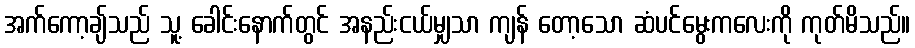
အက်ကော့ချ်သည် သူ့ ခေါင်းနောက်တွင် အနည်းငယ်မျှသာ ကျန် တော့သော ဆံပင်မွေးကလေးကို ကုတ်မိသည်။